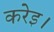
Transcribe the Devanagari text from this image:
करेइ।